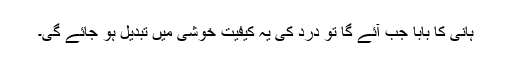
ہانی کا بابا جب آئے گا تو درد کی یہ کیفیت خوشی میں تبدیل ہو جائے گی۔